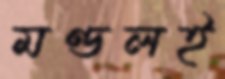
মণ্ডলই